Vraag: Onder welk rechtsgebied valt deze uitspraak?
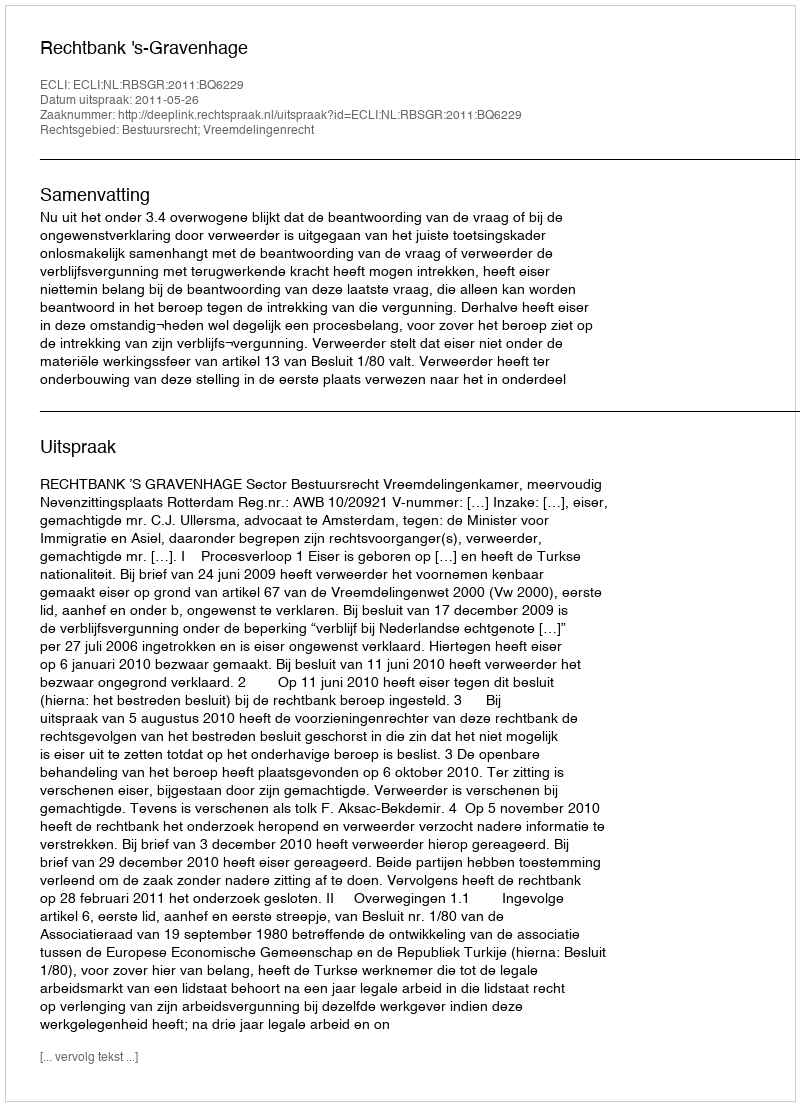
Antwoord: Bestuursrecht; Vreemdelingenrecht